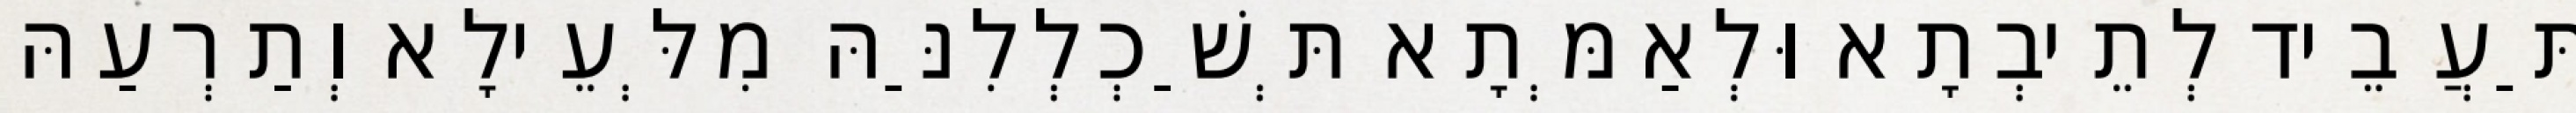
תַּעֲבֵיד לְתֵיבְתָא וּלְאַמְּתָא תְּשַׁכְלְלִנַּהּ מִלְּעֵילָא וְתַרְעַהּ